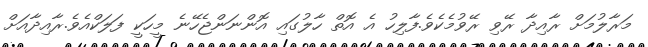
މަރާލުމަށް ރާއިދާ ރޭވި ރޭވުމެކެވެ.ފާލިހު އެ އޮތް ހާލުގައި އޮންނަންޖެހޭނެ މީހަކީ ފަލަކްއެވެ.ރާއިދާއަށް